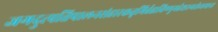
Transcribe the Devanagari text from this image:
जगदुत्पत्तिपालनसंहारकतृभिर्ब्रह्मविष्णुमहेशरूपसेव्यमाना